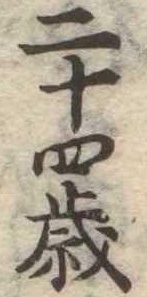
二十四歳